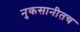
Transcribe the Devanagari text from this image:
नुकसानीतच